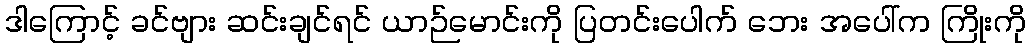
ဒါကြောင့် ခင်ဗျား ဆင်းချင်ရင် ယာဉ်မောင်းကို ပြတင်းပေါက် ဘေး အပေါ်က ကြိုးကို